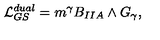
{ \cal L } _ { G S } ^ { d u a l } = m ^ { \gamma } B _ { I I A } \wedge G _ { \gamma } ,